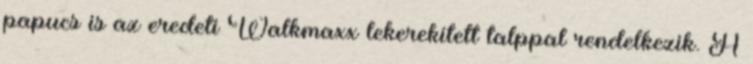
papucs is az eredeti Walkmaxx lekerekített talppal rendelkezik. A